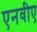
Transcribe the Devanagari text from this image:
एनवीए